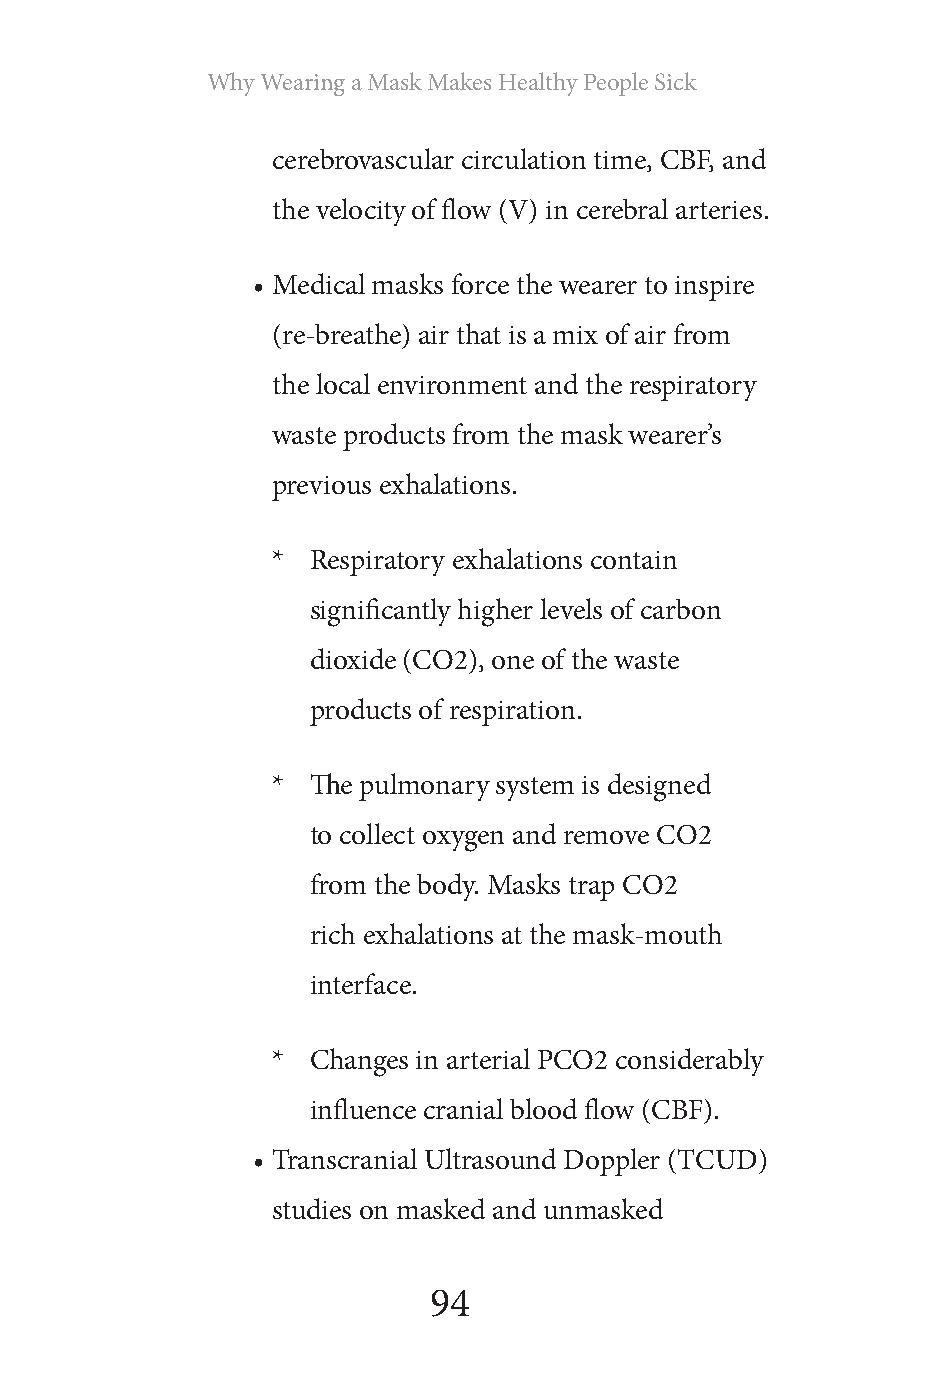
Why Wearing a Mask Makes Healthy People Sick
 cerebrovascular circulation time, CBF, and
 the velocity of flow (V) in cerebral arteries.
 • Medical masks force the wearer to inspire
 (re-breathe) air that is a mix of air from
 the local environment and the respiratory
 waste products from the mask wearer’s
 previous exhalations.
 * Respiratory exhalations contain
 significantly higher levels of carbon
 dioxide (CO2), one of the waste
 products of respiration.
 * The pulmonary system is designed
 to collect oxygen and remove CO2
 from the body. Masks trap CO2
 rich exhalations at the mask-mouth
 interface.
 * Changes in arterial PCO2 considerably
 influence cranial blood flow (CBF).
 • Transcranial Ultrasound Doppler (TCUD)
 studies on masked and unmasked
 94